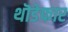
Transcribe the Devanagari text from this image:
थॊडेफार